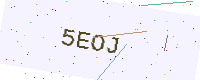
Text: 5EOJ